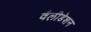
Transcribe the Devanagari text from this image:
वैलीडेशन